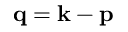
{ \bf q = k - p }